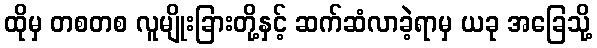
ထိုမှ တစတစ လူမျိုးခြားတို့နှင့် ဆက်ဆံလာခဲ့ရာမှ ယခု အခြေသို့